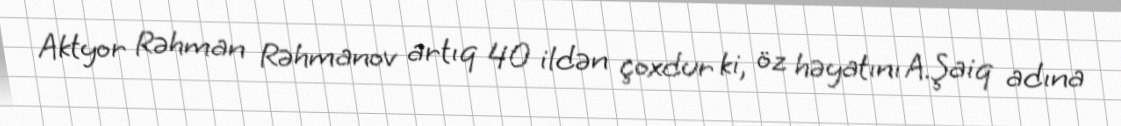
Aktyor Rəhman Rəhmanov artıq 40 ildən çoxdur ki, öz həyatını A.Şaiq adına